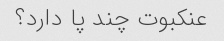
عنکبوت چند پا دارد؟